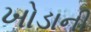
ખોડાની